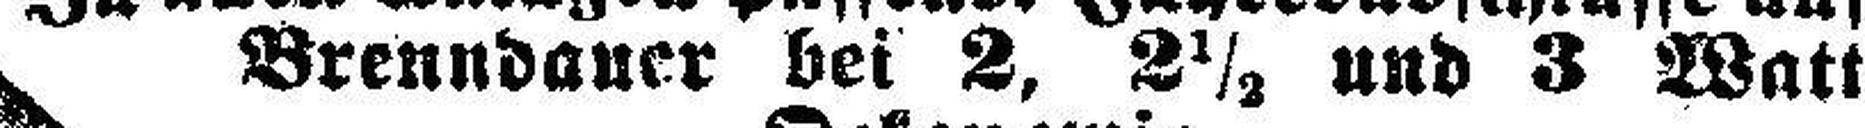
Brenndauer bei 2, 2½ und 3 Watt